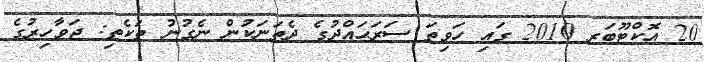
20 އޮކްޓޫބަރ 2010 ގައި ހަވިތަ ސަރަޙައްދުގެ ދެތަނަކުން ނެގުނު ތަކެތި: ޖަވާހިރުގެ